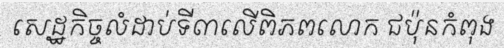
សេដ្ឋកិច្ចលំដាប់ទី៣លើពិភពលោក ជប៉ុនកំពុង